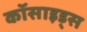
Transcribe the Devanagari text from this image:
कॉसाइड्स